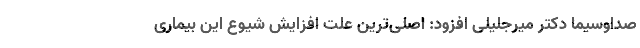
صداوسیما دکتر میرجلیلی افزود: اصلی‌ترین علت افزایش شیوع این بیماری